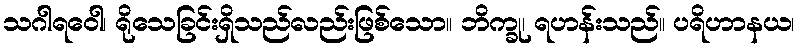
သဂါရဝေါ၊ ရိုသေခြင်းရှိသည်လည်းဖြစ်သော။ ဘိက္ခု၊ ရဟန်းသည်။ ပရိဟာနယ၊